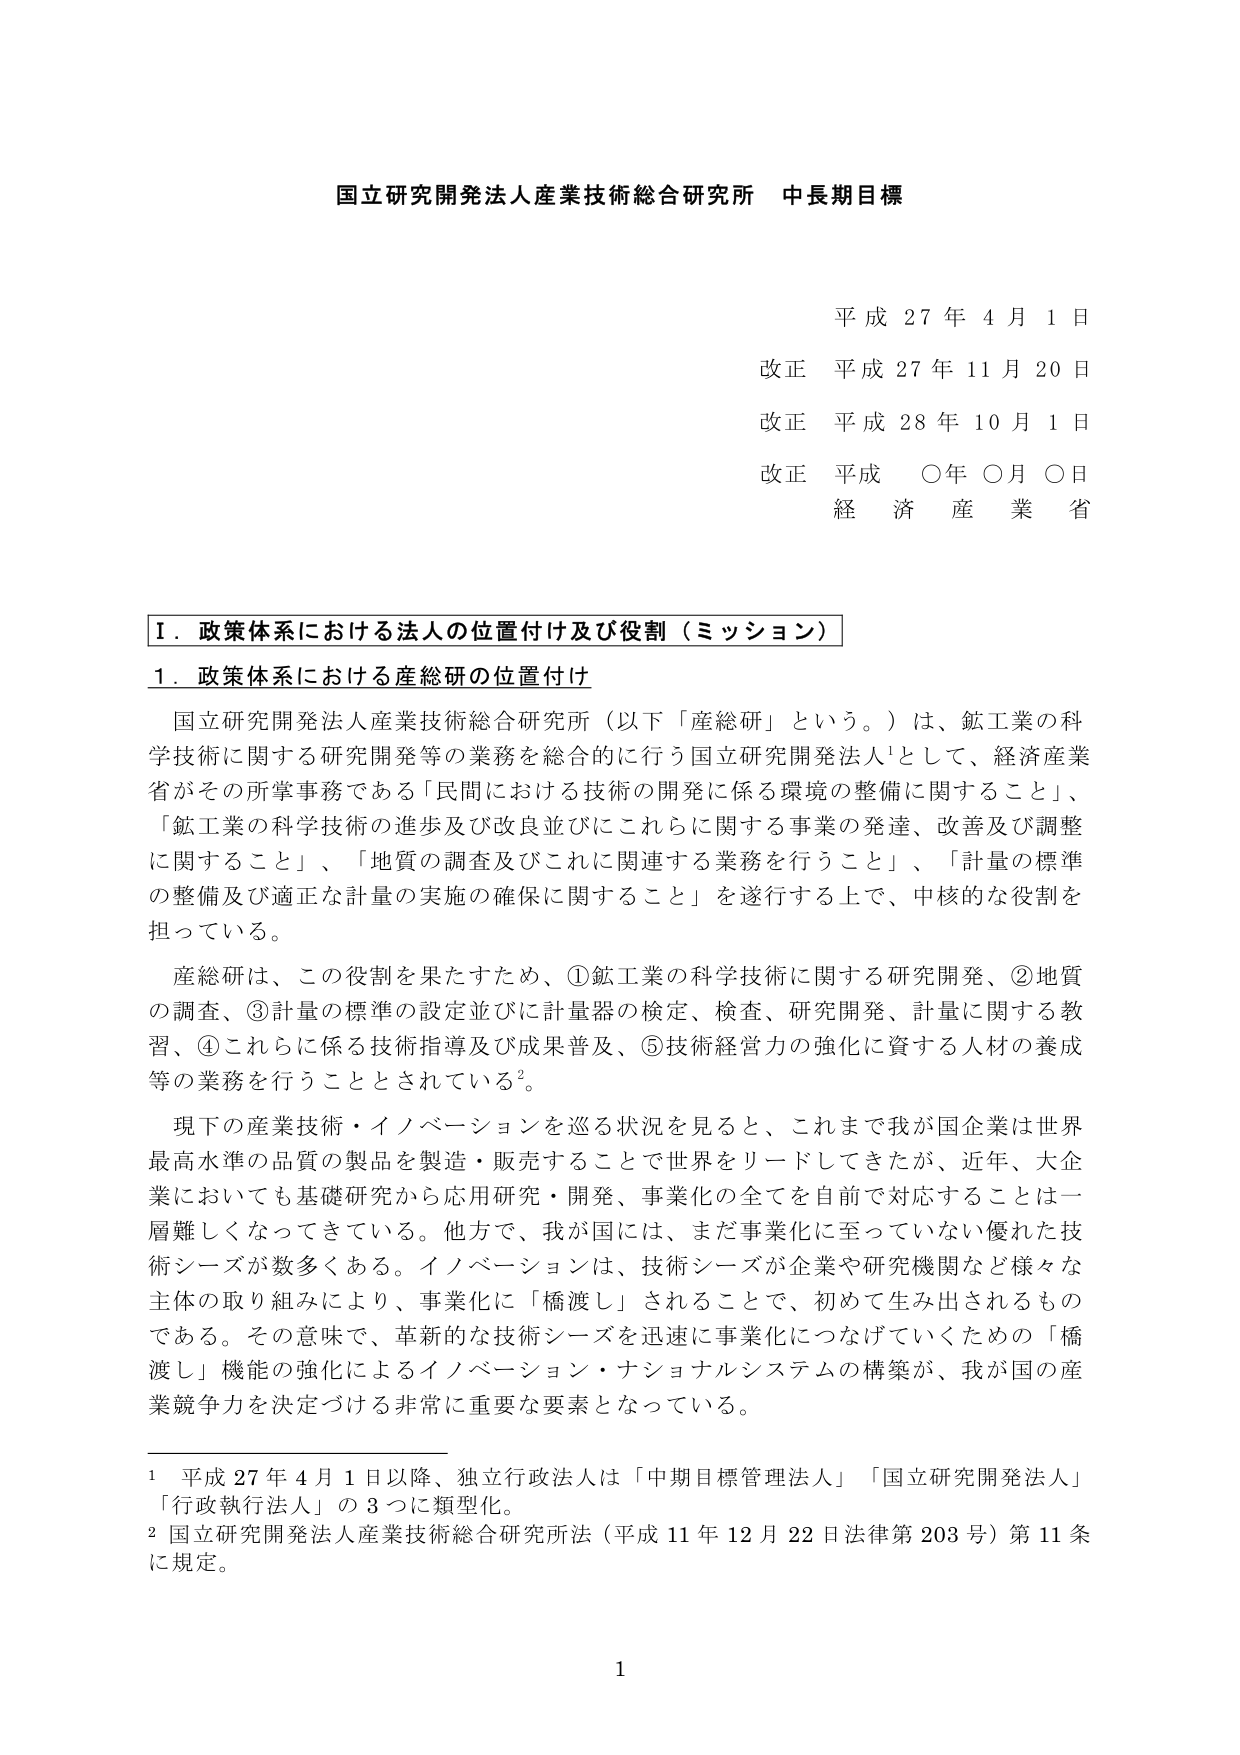
国立研究開発法人産業技術総合研究所 中長期目標

平成 27 年 4 月 1 日
改正 平成 27 年 11 月 20 日
改正 平成 28 年 10 月 1 日
改正 平成 ○年 ○月 ○日
経 濟 産 業 省

Ⅰ．政策体系における法人の位置付け及び役割（ミッション）

1．政策体系における産総研の位置付け

国立研究開発法人産業技術総合研究所（以下「産総研」という。）は、鉱工業の科学技術に関する研究開発等の業務を総合的に行う国立研究開発法人¹として、経済産業省がその所掌事務である「民間における技術の開発に係る環境の整備に関すること」、「鉱工業の科学技術の進歩及び改良並びにこれらに関する事業の発達、改善及び調整に関すること」、「地質の調査及びこれに関連する業務を行うこと」、「計量の標準の整備及び適正な計量の実施の確保に関すること」を遂行する上で、中核的な役割を担っている。

産総研は、この役割を果たすため、①鉱工業の科学技術に関する研究開発、②地質の調査、③計量の標準の設定並びに計量器の検定、検査、研究開発、計量に関する教習、④これらに係る技術指導及び成果普及、⑤技術経営力の強化に資する人材の養成等の業務を行うこととされている²。

現下の産業技術・イノベーションを巡る状況を見ると、これまで我が国企業は世界最高水準の品質の製品を製造・販売することで世界をリードしてきたが、近年、大企業においても基礎研究から応用研究・開発、事業化の全てを自前で対応することは一層難しくなってきている。他方で、我が国には、まだ事業化に至っていない優れた技術シーズが数多くある。イノベーションは、技術シーズが企業や研究機関など様々な主体の取り組みにより、事業化に「橋渡し」されることで、初めて生み出されるものである。その意味で、革新的な技術シーズを迅速に事業化につなげていくための「橋渡し」機能の強化によるイノベーション・ナショナルシステムの構築が、我が国の産業競争力を決定づける非常に重要な要素となっている。

¹ 平成 27 年 4 月 1 日以降、独立行政法人は「中期目標管理法人」「国立研究開発法人」「行政執行法人」の3つに類型化。
² 国立研究開発法人産業技術総合研究所法（平成 11 年 12 月 22 日法律第 203 号）第 11 条に規定。

1